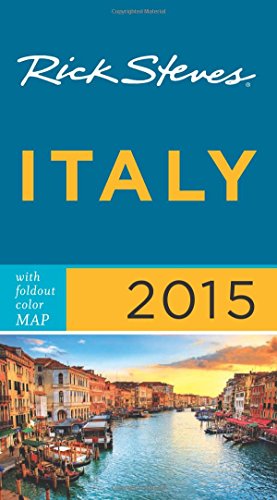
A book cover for Rick Steves Italy 2015; Rick Steves; Travel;